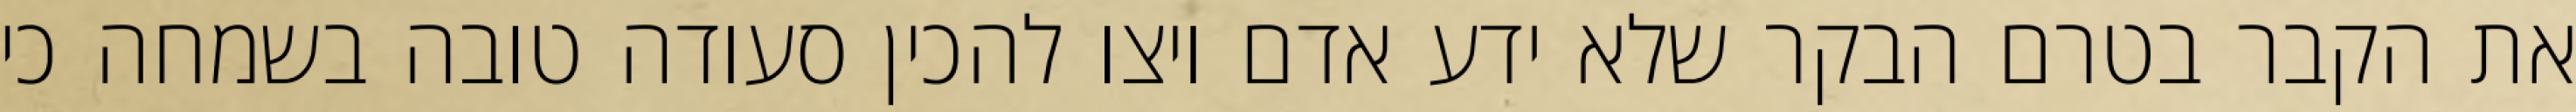
את הקבר בטרם הבקר שלא ידע אדם ויצו להכין סעודה טובה בשמחה כי